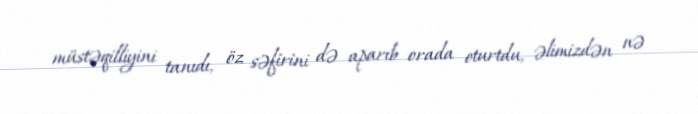
müstəqilliyini tanıdı, öz səfirini də aparıb orada oturtdu, əlimizdən nə